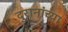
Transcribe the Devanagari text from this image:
दुरानांच्या